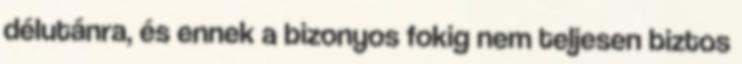
délutánra, és ennek a bizonyos fokig nem teljesen biztos